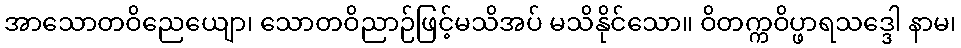
အာသောတဝိညေယျော၊ သောတဝိညာဉ်ဖြင့်မသိအပ် မသိနိုင်သော။ ဝိတက္ကဝိပ္ဖာရသဒ္ဒေါ နာမ၊